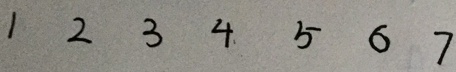
1 2 3 4 5 6 7